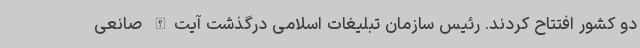
دو کشور افتتاح کردند. رئیس سازمان تبلیغات اسلامی درگذشت آیت‌الله صانعی